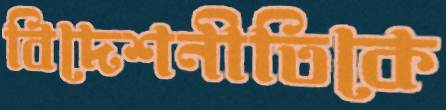
বিদেশনীতিকে